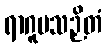
ရာဂူပသဉှိတံ